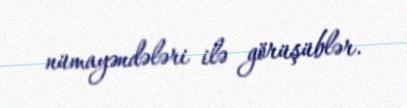
nümayəndələri ilə görüşüblər.